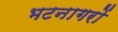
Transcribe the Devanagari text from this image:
भटनागरों